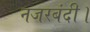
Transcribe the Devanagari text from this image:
नजरबंदी।